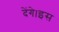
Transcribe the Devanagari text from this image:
देंगे।इस